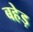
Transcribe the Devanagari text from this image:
बहेड़